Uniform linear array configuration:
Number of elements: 64
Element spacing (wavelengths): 0.25
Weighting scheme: cosine
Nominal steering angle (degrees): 30
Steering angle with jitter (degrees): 31.915
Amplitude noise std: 0.05
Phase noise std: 0.05

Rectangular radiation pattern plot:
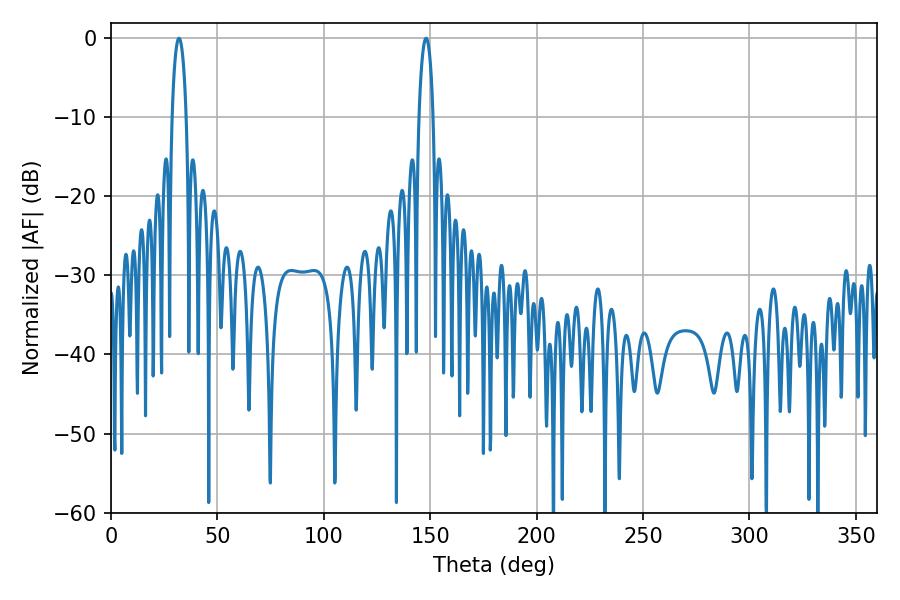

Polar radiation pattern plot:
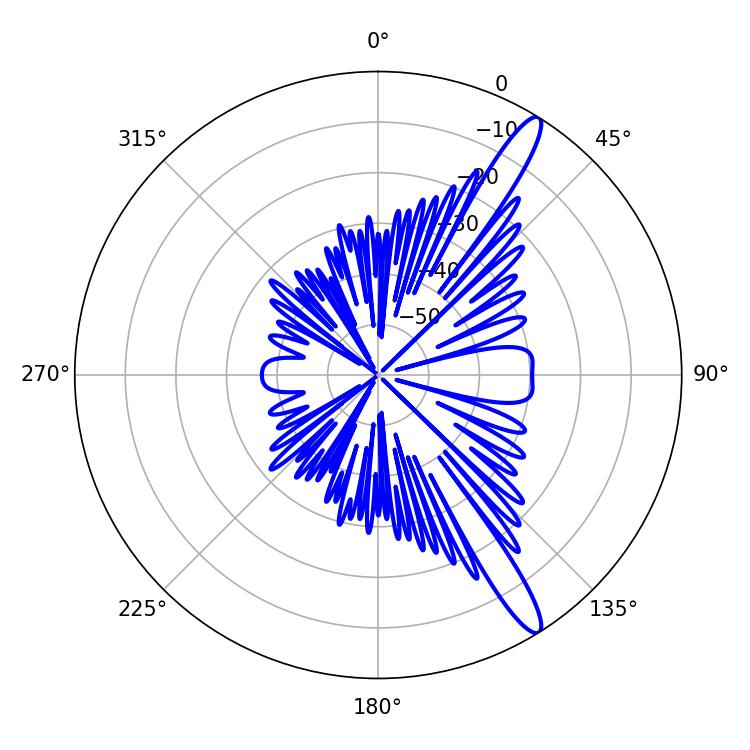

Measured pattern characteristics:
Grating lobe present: FALSE
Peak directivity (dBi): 14.045
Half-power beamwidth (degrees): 3.78
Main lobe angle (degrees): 148.14